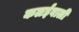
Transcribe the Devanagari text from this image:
कलईवाली